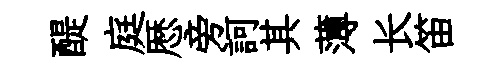
醍庭厯旁訶其薄长笛